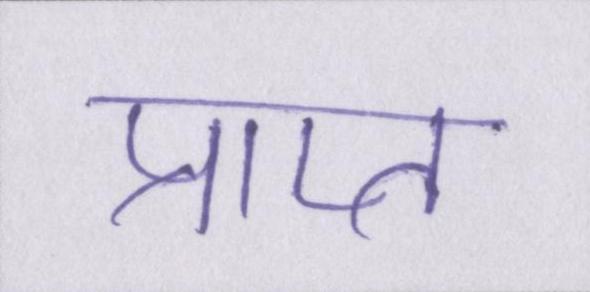
प्राप्त